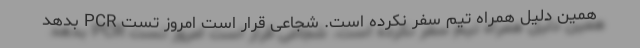
همین دلیل همراه تیم سفر نکرده است. شجاعی قرار است امروز تست PCR بدهد